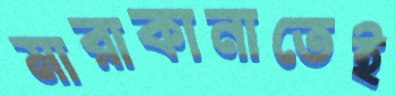
মারাকানাতেই